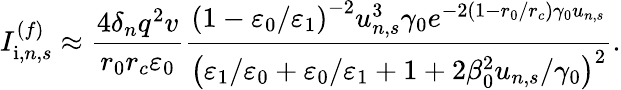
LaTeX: I_{\mathrm{i},n,s}^{(f)}\approx\frac{4\delta_{n}q^{2}v}{r_{0}r_{c}\varepsilon_{0}}\frac{\left(1-\varepsilon_{0}/\varepsilon_{1}\right)^{-2}u_{n,s}^{3}\gamma_{0}e^{-2\left(1-r_{0}/r_{c}\right)\gamma_{0}u_{n,s}}}{\left(\varepsilon_{1}/\varepsilon_{0}+\varepsilon_{0}/\varepsilon_{1}+1+2\beta_{0}^{2}u_{n,s}/\gamma_{0}\right)^{2}}.